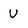
Character: U